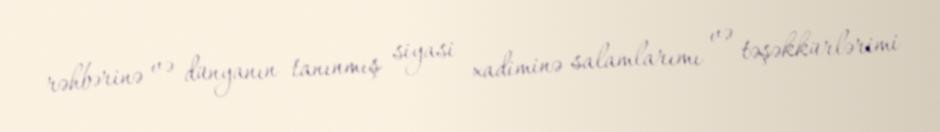
rəhbərinə və dünyanın tanınmış siyasi xadiminə salamlarımı və təşəkkürlərimi